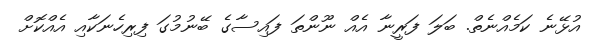
އުޅޭނެ ކަމެއްނެތް. ބަލަ ފަރީނާ އެއް ނޫންތަ ފައިސާގެ ބޭނުމުގަ ފިރިހެނަކާއި އެއްކޮށް